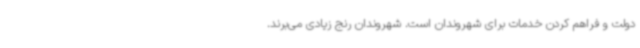
دولت و فراهم کردن خدمات برای شهروندان است. شهروندان رنج زیادی می‌برند.